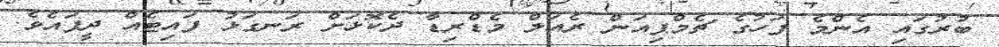
ބުރުގައި އެންމެ ފަހުގެ ޗެމްޕިއަން ރެއަލް މެޑްރިޑާ ދެކޮޅަށް ރަނގަޅު ފައިޓެއް ދީފައެވެ.